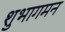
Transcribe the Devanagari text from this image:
शुभागमन